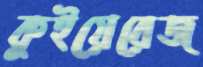
কুইয়েরেজ